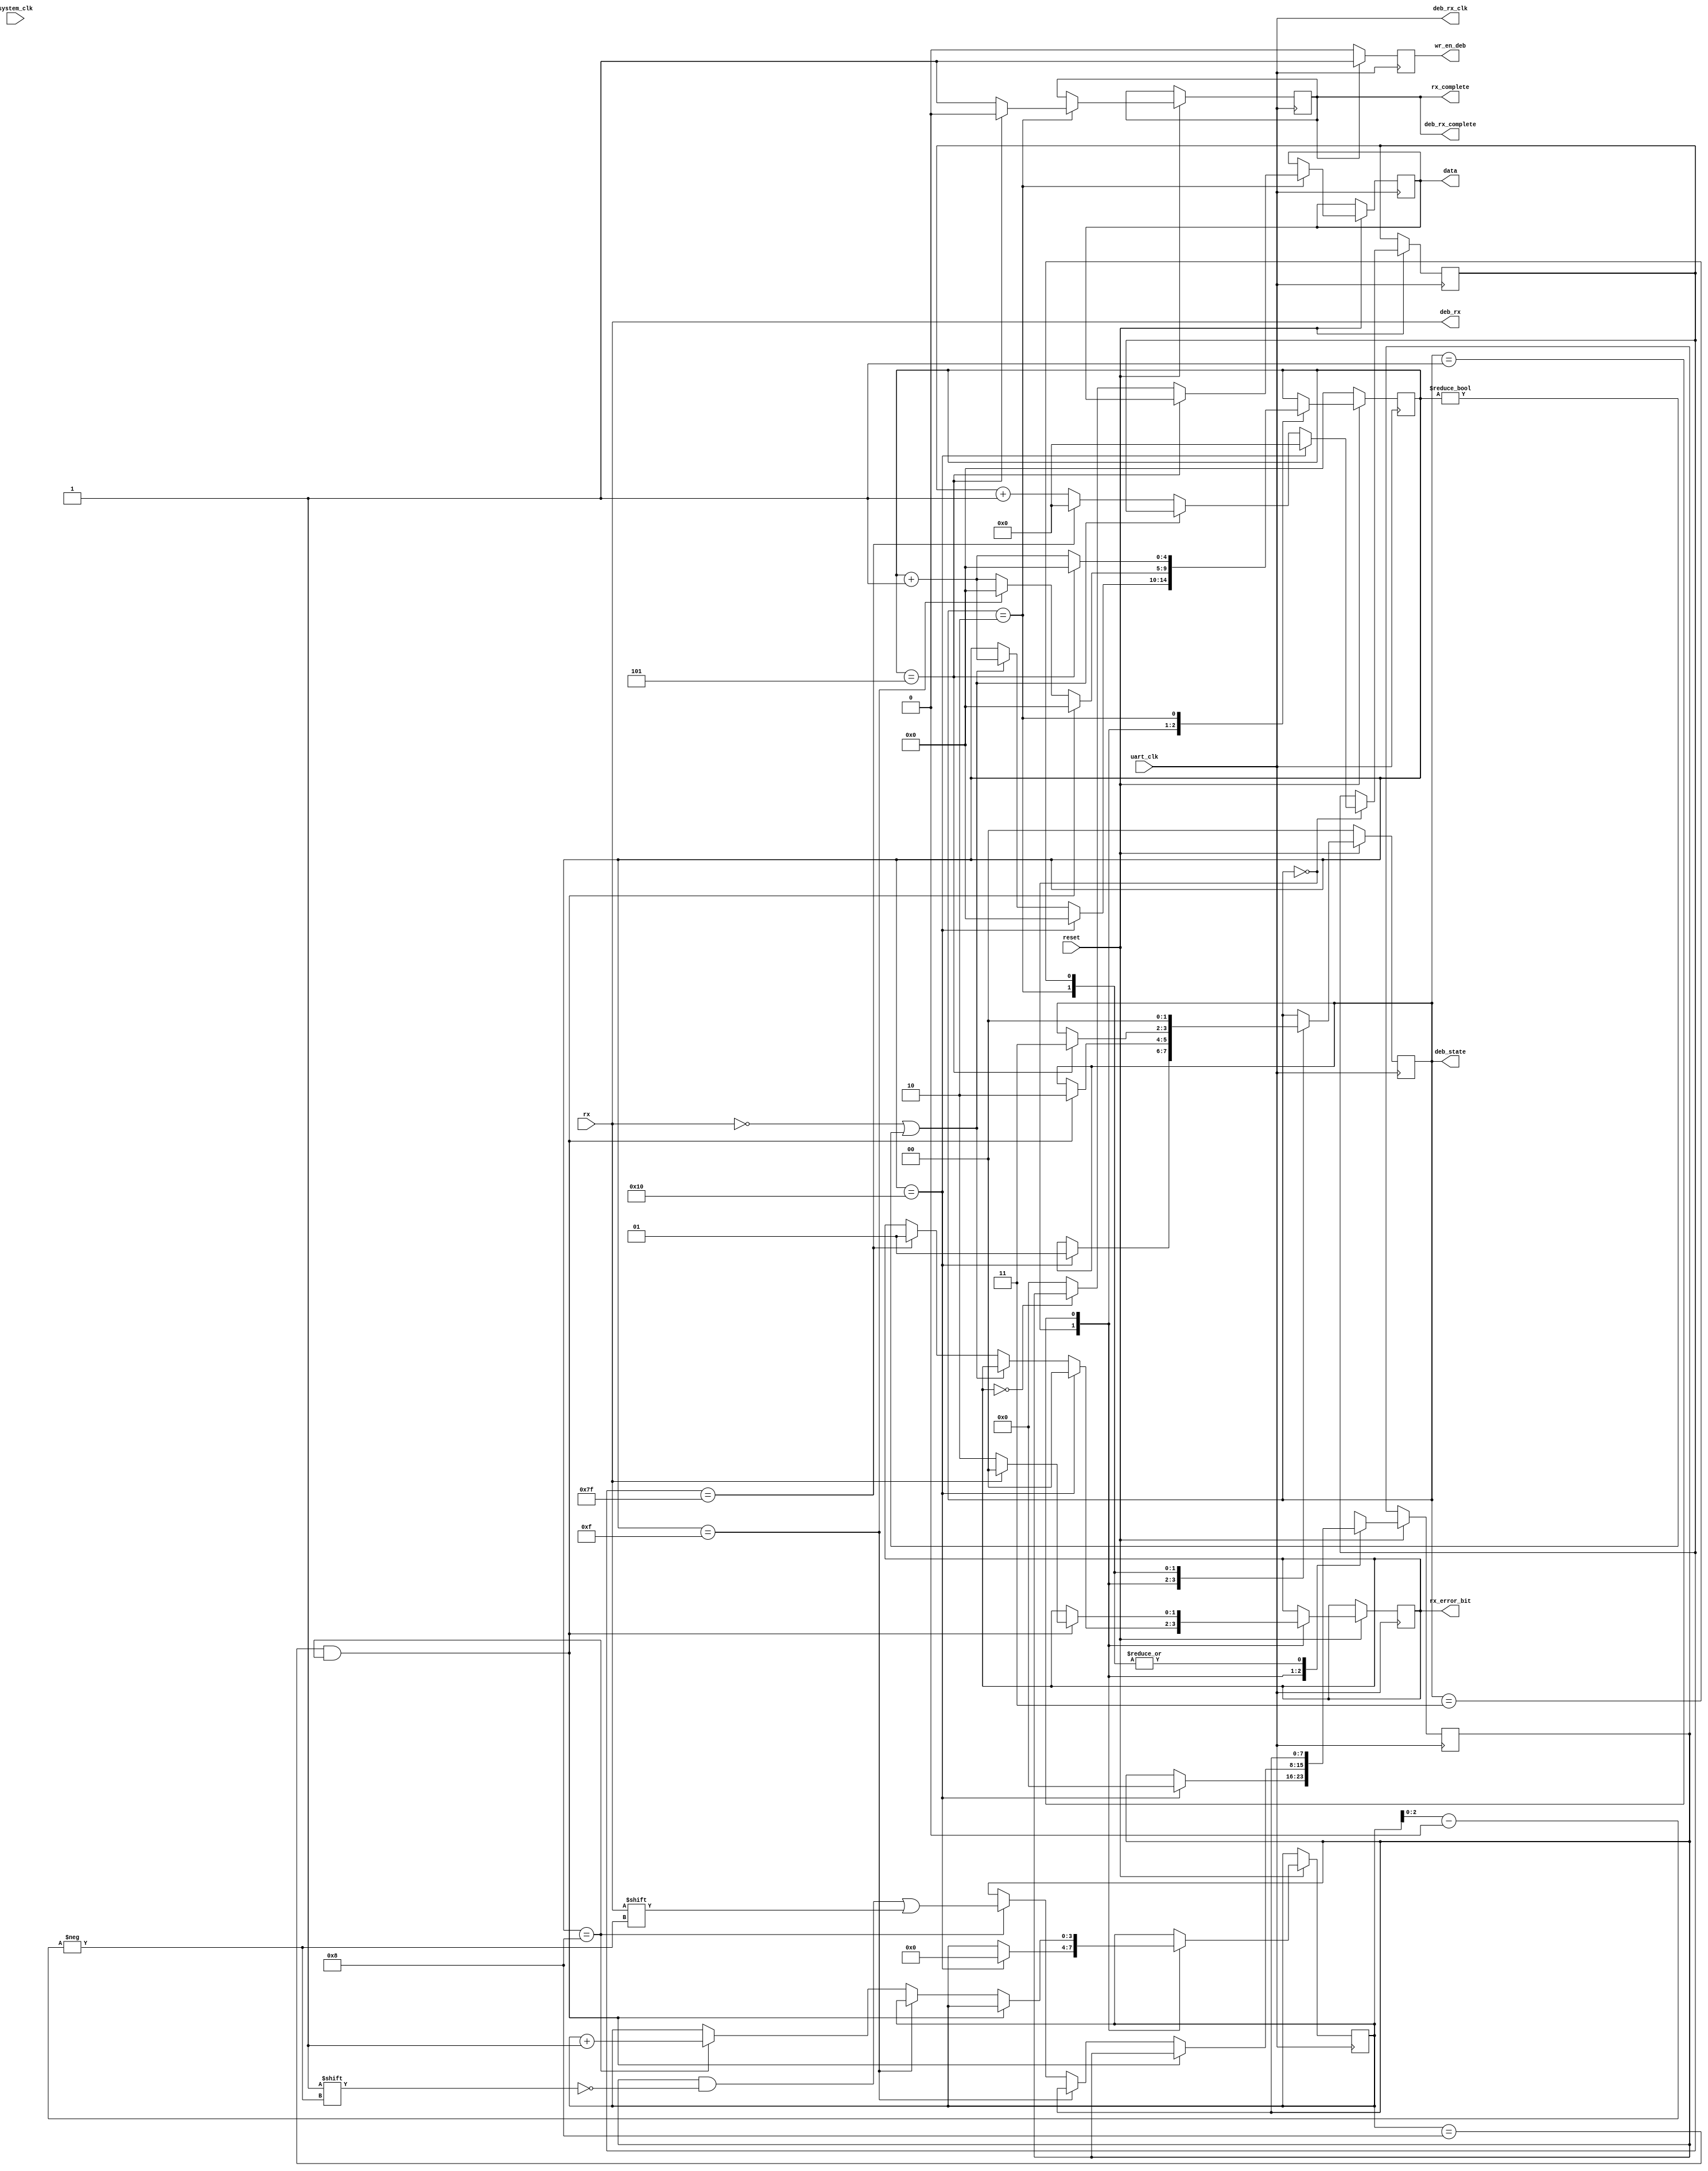
`timescale 1ns / 1ps
//////////////////////////////////////////////////////////////////////////////////
// Company: 
// Engineer: 
// 
// Design Name: 
// Module Name: receiver
// Project Name: 
// Target Devices: 
// Tool Versions: 
// Description: 
// 
// Dependencies: 
// 
// Revision:
// Revision 0.01 - File Created
// Additional Comments:
// 
//////////////////////////////////////////////////////////////////////////////////
//


module UartReceiver(
        input   wire rx,
        output  wire rx_complete,
        input   wire system_clk,
        input   wire reset,
        input   wire uart_clk,
        output  reg [7:0] data,
        output  reg [1:0] rx_error_bit,
        ///////////DEBUG////////////
        output wire wr_en_deb,
        output  wire deb_rx,
        output  wire deb_rx_complete,
        output  wire deb_rx_clk,
        output wire [1:0] deb_state
);
        
localparam  RX_STATE_START          = 2'h0,
            RX_STATE_DATA           = 2'h1,
            RX_STATE_STOP           = 2'h2,
            RX_CLOCK_OFF            = 2'h3;

localparam  RX_CHECK_START_BIT      = 2'h0,
            SET_RX_CLK_RESET        = 2'h1,
            DATA_RECEVING           = 2'h2;
            
localparam  RECEIVED_DATA_SUCCESS   = 2'h0,
            NO_DATA_RECEIVED        = 2'h1,
            STOP_BIT_ERROR          = 2'h2;            

initial begin
    data            = 8'b0;
    rx_error_bit    = RECEIVED_DATA_SUCCESS;
end


    
reg [1:0] reg_rx_start_stop_state   = RX_CHECK_START_BIT;
reg [1:0] state                     = RX_STATE_START;
   
always @(posedge system_clk) begin
    if(reset == 1'b0) begin
        reg_rx_start_stop_state <= RX_CHECK_START_BIT;
    end else begin
        case(reg_rx_start_stop_state)
            RX_CHECK_START_BIT: begin
                if(!rx) begin
                    reg_rx_start_stop_state <= DATA_RECEVING;
                end else begin
                    reg_rx_start_stop_state <= RX_CHECK_START_BIT;
                end
            end
            
            DATA_RECEVING: begin 
                if(state == RX_CLOCK_OFF) begin
                    reg_rx_start_stop_state <= RX_CHECK_START_BIT;
                end else begin
                    reg_rx_start_stop_state <= DATA_RECEVING;
                end
            end
        endcase
    end
end


reg [4:0] sample                = 0;
reg [3:0] bitpos                = 0;
reg [7:0] scratch               = 8'b0;
reg reg_rx_complete             = 1'b0;
reg [6:0] no_data_receive_count = 3'h0;

assign rx_complete  = reg_rx_complete;
//or negedge 
always @(posedge uart_clk )  begin
    if(reset == 1'b0) begin
        state <= RX_STATE_START;
        sample <= 0;
    end else begin 
        case (state)            
            RX_STATE_START: begin
                if (!rx || sample != 0) begin
                    sample <= sample + 4'b1;
                end else begin
                    if(no_data_receive_count == 7'h7F)begin
                        rx_error_bit <= NO_DATA_RECEIVED;
                        no_data_receive_count <= 0;                    
                    end else begin
                        no_data_receive_count <= no_data_receive_count + 1'b1;
                    end
                end
                if (sample == 5'h10) begin
                    state <= RX_STATE_DATA;
                    rx_error_bit <= RECEIVED_DATA_SUCCESS;    
                    no_data_receive_count <= 0;                  
                    bitpos <= 0;
                    sample <= 0;
                    scratch <= 0;                    
                end
            end
            
            RX_STATE_DATA: begin
                sample <= sample + 1'b1;
                if (bitpos == 4'h8 && sample == 5'h8) begin
                    state <= RX_STATE_STOP;
                    sample <= 0;
                    if(rx == 1'b1) begin
                        rx_error_bit <= RECEIVED_DATA_SUCCESS;
                    end else begin
                        rx_error_bit <= STOP_BIT_ERROR;
                    end                    
                end else if(sample == 5'hF) begin
                    sample <= 0;
                end else if (sample == 5'h8) begin
                    scratch[bitpos[2:0]] <= rx;
                    bitpos <= bitpos + 1'b1;
                end
            end
            
            RX_STATE_STOP: begin     
                if (sample == 3'h5) begin
                    state <= RX_CLOCK_OFF;	
                    reg_rx_complete <= 1'b0;
                    sample <= 0;
                end else begin
                    if(rx_error_bit == RECEIVED_DATA_SUCCESS) begin                        
                        data <= scratch;    
                    end else begin
                        data <= 8'b0;
                    end
                    reg_rx_complete <= 1'b1;
                    sample <= sample + 4'b1;
                end
            end
            
            RX_CLOCK_OFF: begin
                state <= RX_STATE_START;
            end
        endcase
    end
end

reg reg_wr_en_deb = 1'b0;
always @(posedge uart_clk) begin
    if(reg_rx_complete == 1'b1) begin
        reg_wr_en_deb <= 1'b1;
    end else begin
        reg_wr_en_deb <= 1'b0;
    end
end

assign wr_en_deb    = reg_wr_en_deb;
assign deb_rx           = rx;
assign deb_rx_complete  = reg_rx_complete;
assign deb_rx_clk       = uart_clk;
assign deb_state        = state;
endmodule